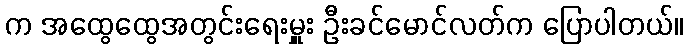
က အထွေထွေအတွင်းရေးမှူး ဦးခင်မောင်လတ်က ပြောပါတယ်။